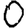
Digit: 0